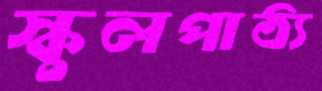
স্কুলপাঠ্য